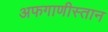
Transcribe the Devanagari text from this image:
अफगाणीस्तान